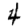
Digit: 4